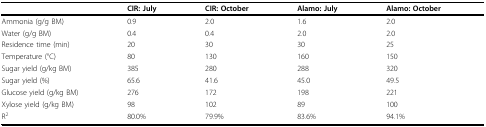
<table><thead><tr><td></td><td><b>CIR: July</b></td><td><b>CIR: October</b></td><td><b>Alamo: July</b></td><td><b>Alamo: October</b></td></tr></thead><tbody><tr><td>Ammonia (g/g BM)</td><td>0.9</td><td>2.0</td><td>1.6</td><td>2.0</td></tr><tr><td>Water (g/g BM)</td><td>0.4</td><td>0.4</td><td>2.0</td><td>2.0</td></tr><tr><td>Residence time (min)</td><td>20</td><td>30</td><td>30</td><td>25</td></tr><tr><td>Temperature (°C)</td><td>80</td><td>130</td><td>160</td><td>150</td></tr><tr><td>Sugar yield (g/kg BM)</td><td>385</td><td>280</td><td>288</td><td>320</td></tr><tr><td>Sugar yield (%)</td><td>65.6</td><td>41.6</td><td>45.0</td><td>49.5</td></tr><tr><td>Glucose yield (g/kg BM)</td><td>276</td><td>172</td><td>198</td><td>221</td></tr><tr><td>Xylose yield (g/kg BM)</td><td>98</td><td>102</td><td>89</td><td>100</td></tr><tr><td>R<sup>2</sup></td><td>80.0%</td><td>79.9%</td><td>83.6%</td><td>94.1%</td></tr></tbody></table>